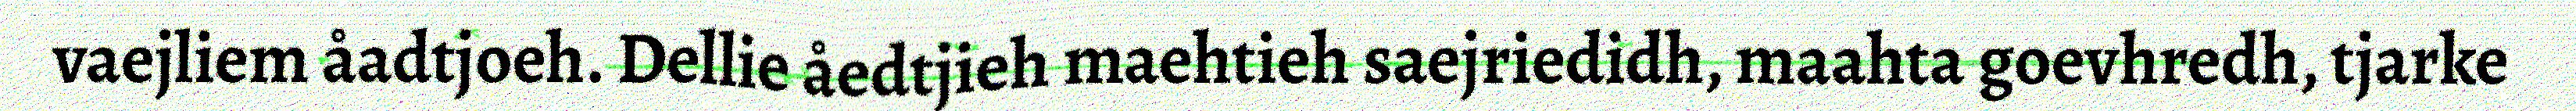
vaejliem åadtjoeh. Dellie åedtjieh maehtieh saejriedidh, maahta goevhredh, tjarke